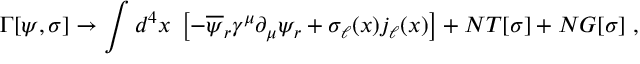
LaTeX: \Gamma [ \psi , \sigma ] \rightarrow \int d ^ { 4 } x \; \left[ - \overline { { { \psi } } } _ { r } \gamma ^ { \mu } \partial _ { \mu } \psi _ { r } + \sigma _ { \ell } ( x ) j _ { \ell } ( x ) \right] + N T [ \sigma ] + N G [ \sigma ] \; ,